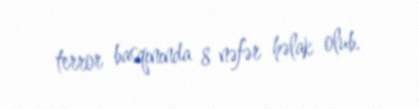
terror basqınında 8 nəfər həlak olub.